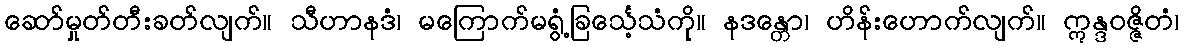
ဆော်မှုတ်တီးခတ်လျက်။ သီဟာနဒံ၊ မကြောက်မရွံ့ခြင်္သေ့သံကို။ နဒန္တော၊ ဟိန်းဟောက်လျက်။ ဣန္ဒဝဇ္ဇိတံ၊